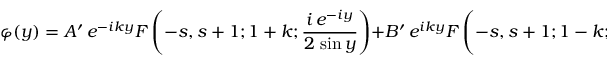
\varphi ( y ) = A ^ { \prime } \, e ^ { - i k y } F \left( - s , s + 1 ; 1 + k ; \frac { i \, e ^ { - i y } } { 2 \, \sin y } \right) + B ^ { \prime } \, e ^ { i k y } F \left( - s , s + 1 ; 1 - k ; \frac { i \, e ^ { - i y } } { 2 \, \sin y } \right) .